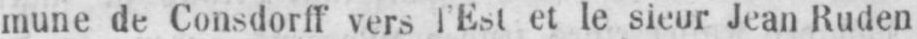
mune de Consdorff vers l’Est et le sieur Jean Ruden